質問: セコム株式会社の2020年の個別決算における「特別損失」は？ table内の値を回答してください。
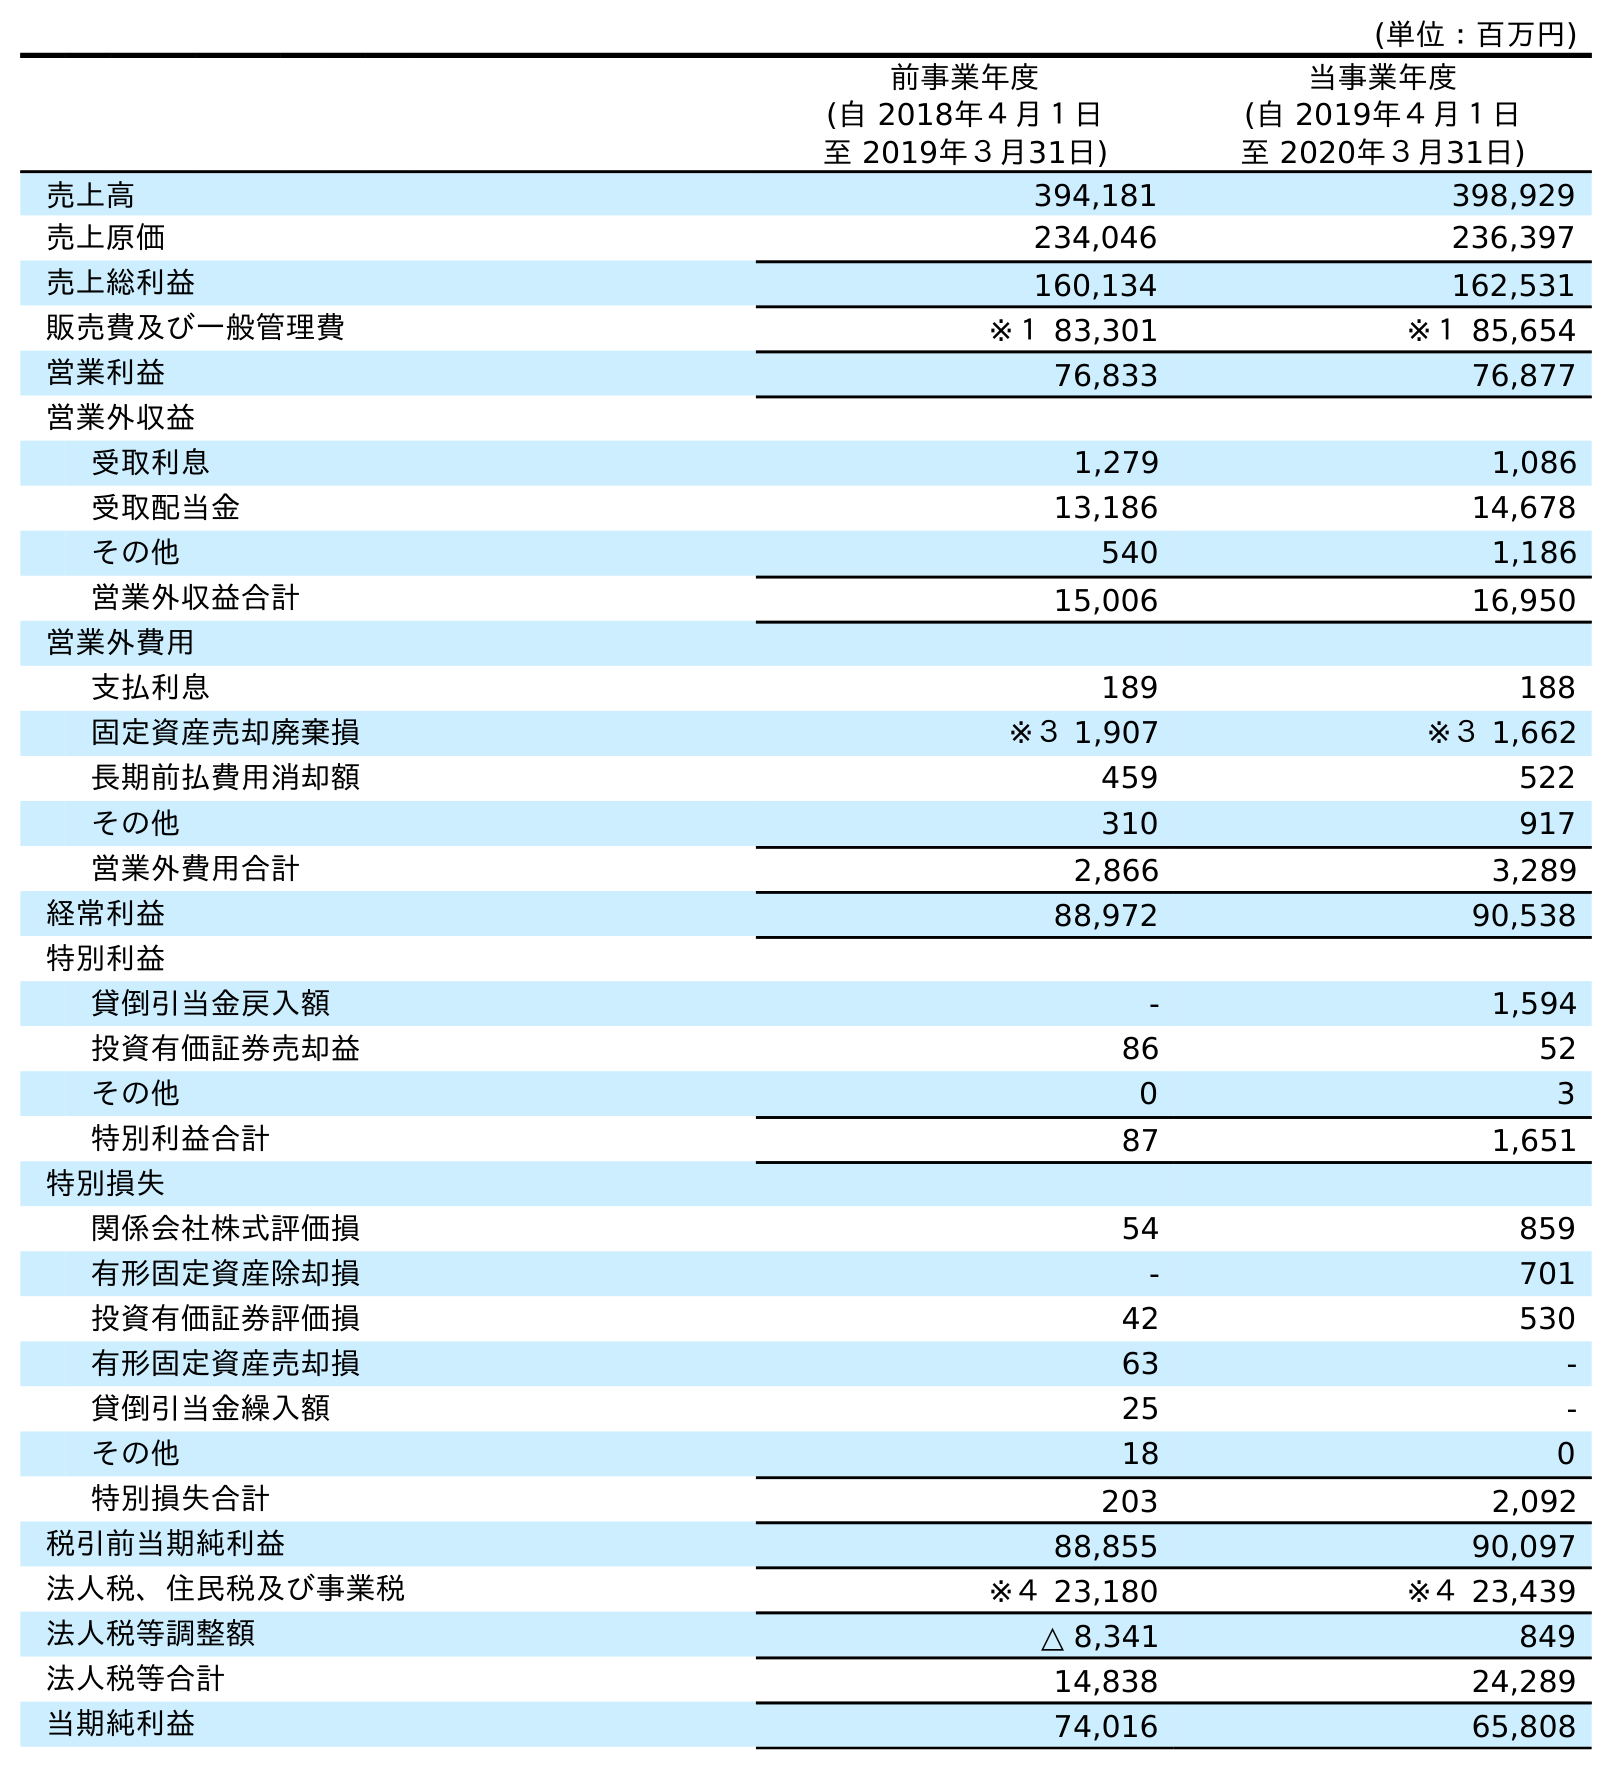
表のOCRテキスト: (単位：百万円) 前事業年度 (自 2018年４月１日 至 2019年３月31日) 当事業年度 (自 2019年４月１日 至 2020年３月31日) 売上高 394,181 398,929 売上原価 234,046 236,397 売上総利益 160,134 162,531 販売費及び一般管理費 ※１ 83,301 ※１ 85,654 営業利益 76,833 76,877 営業外収益 受取利息 1,279 1,086 受取配当金 13,186 14,678 その他 540 1,186 営業外収益合計 15,006 16,950 営業外費用 支払利息 189 188 固定資産売却廃棄損 ※３ 1,907 ※３ 1,662 長期前払費用消却額 459 522 その他 310 917 営業外費用合計 2,866 3,289 経常利益 88,972 90,538 特別利益 貸倒引当金戻入額 - 1,594 投資有価証券売却益 86 52 その他 0 3 特別利益合計 87 1,651 特別損失 関係会社株式評価損 54 859 有形固定資産除却損 - 701 投資有価証券評価損 42 530 有形固定資産売却損 63 - 貸倒引当金繰入額 25 - その他 18 0 特別損失合計 203 2,092 税引前当期純利益 88,855 90,097 法人税、住民税及び事業税 ※４ 23,180 ※４ 23,439 法人税等調整額 △ 8,341 849 法人税等合計 14,838 24,289 当期純利益 74,016 65,808
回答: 2,092